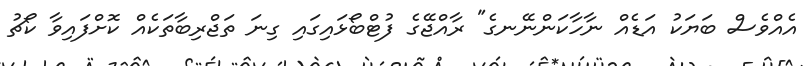
އެއްވެސް ބަޔަކު އަޑެއް ނާހާކަންނޭނގެ" ރާއްޖޭގެ ފުޓްބޯޅައިގައި ގިނަ ތަޖްރިބާތަކެއް ކޮށްފައިވާ ކޯޗު